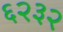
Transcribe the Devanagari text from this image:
६२३२